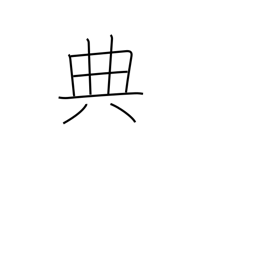
Meaning: code